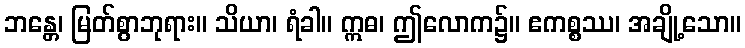
ဘန္တေ၊ မြတ်စွာဘုရား။ သိယာ၊ ရံခါ။ ဣဓ၊ ဤလောက၌။ ဧကစ္စဿ၊ အချို့သော။